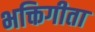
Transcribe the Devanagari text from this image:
भक्तिगीता